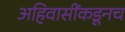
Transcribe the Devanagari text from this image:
अहिवासींकडूनच